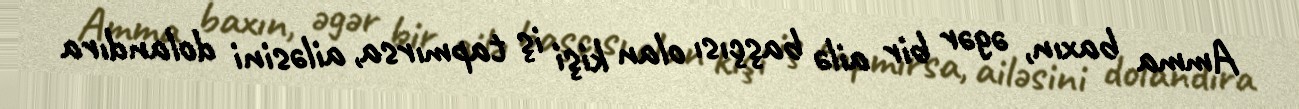
Amma baxın, əgər bir ailə başçısı olan kişi iş tapmırsa, ailəsini dolandıra